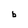
Character: b